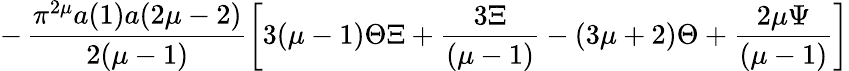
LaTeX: -\, \frac{\pi^{2\mu}a(1)a(2\mu-2)}{2(\mu-1)}\left[3(\mu-1)\Theta\Xi+\frac{3\Xi}{(\mu-1)}-(3\mu+2)\Theta+\frac{2\mu\Psi}{(\mu-1)}\right]